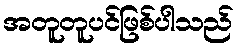
အတူတူပင်ဖြစ်ပါသည်